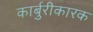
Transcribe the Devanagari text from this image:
कार्बुरीकारक